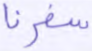
سفرنا